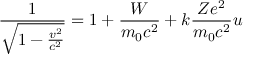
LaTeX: { \frac { 1 } { \sqrt { 1 - { \frac { v ^ { 2 } } { c ^ { 2 } } } } } } = 1 + { \frac { W } { m _ { \mathrm { 0 } } c ^ { 2 } } } + k { \frac { Z e ^ { 2 } } { m _ { \mathrm { 0 } } c ^ { 2 } } } u